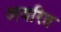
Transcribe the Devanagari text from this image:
अवरित